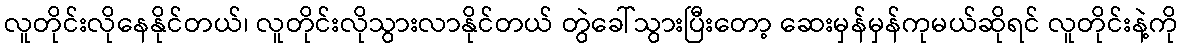
လူတိုင်းလိုနေနိုင်တယ်၊ လူတိုင်းလိုသွားလာနိုင်တယ် တွဲခေါ်သွားပြီးတော့ ဆေးမှန်မှန်ကုမယ်ဆိုရင် လူတိုင်းနဲ့ကို